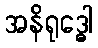
အနိရုဒ္ဓေါ